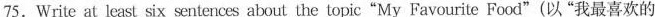
75.Write at least six sentences about the topic“My Favourite Food"(以“我最喜欢的